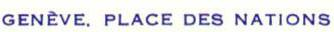
GENÈVE. PLACE DES NATIONS